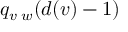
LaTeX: q _ { v \setminus w } ( d ( v ) - 1 )